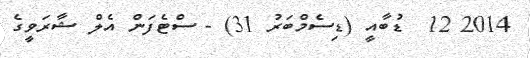
2014 12  ޑުބާއީ (ޑިސެމްބަރު 31) - ސްޓެފަން އެލް ޝާރަވީގެ